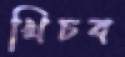
খিচব